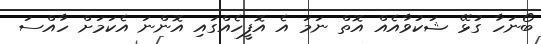
ބޯނަހާ ގުޅޭ ޝަކުވާއެއް އޮތް ނަމަ އެ އޮފީހެއްގައި އޮންނަ އެކަމަށް ހާއްސަ